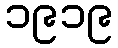
၁၉၁၉